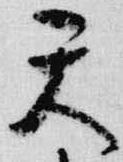
天